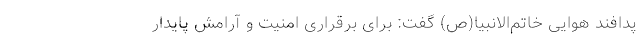
پدافند هوایی خاتم‌الانبیا(ص) گفت: برای برقراری امنیت و آرامش پایدار